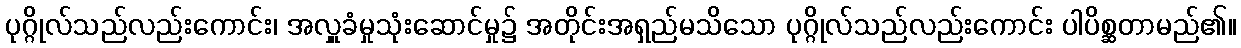
ပုဂ္ဂိုလ်သည်လည်းကောင်း၊ အလှူခံမှုသုံးဆောင်မှု၌ အတိုင်းအရှည်မသိသော ပုဂ္ဂိုလ်သည်လည်းကောင်း ပါပိစ္ဆတာမည်၏။